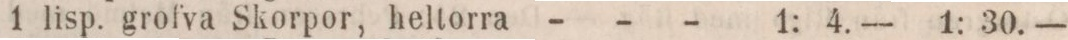
1 lisp. grofva Skorpor, heltorra - - -     : 4. —    1: 30. —